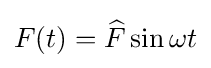
F(t)={\widehat {F}}\sin \omega t